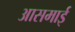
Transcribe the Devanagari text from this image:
आसमाई